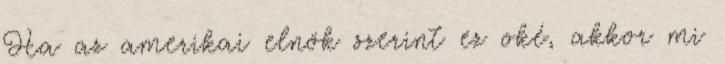
Ha az amerikai elnök szerint ez oké, akkor mi